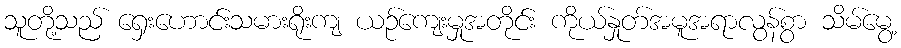
သူတို့သည် ရှေးဟောင်းသမားရိုးကျ ယဉ်ကျေးမှုအတိုင်း ကိုယ်နှုတ်အမူအရာလွန်စွာ သိမ်မွေ့